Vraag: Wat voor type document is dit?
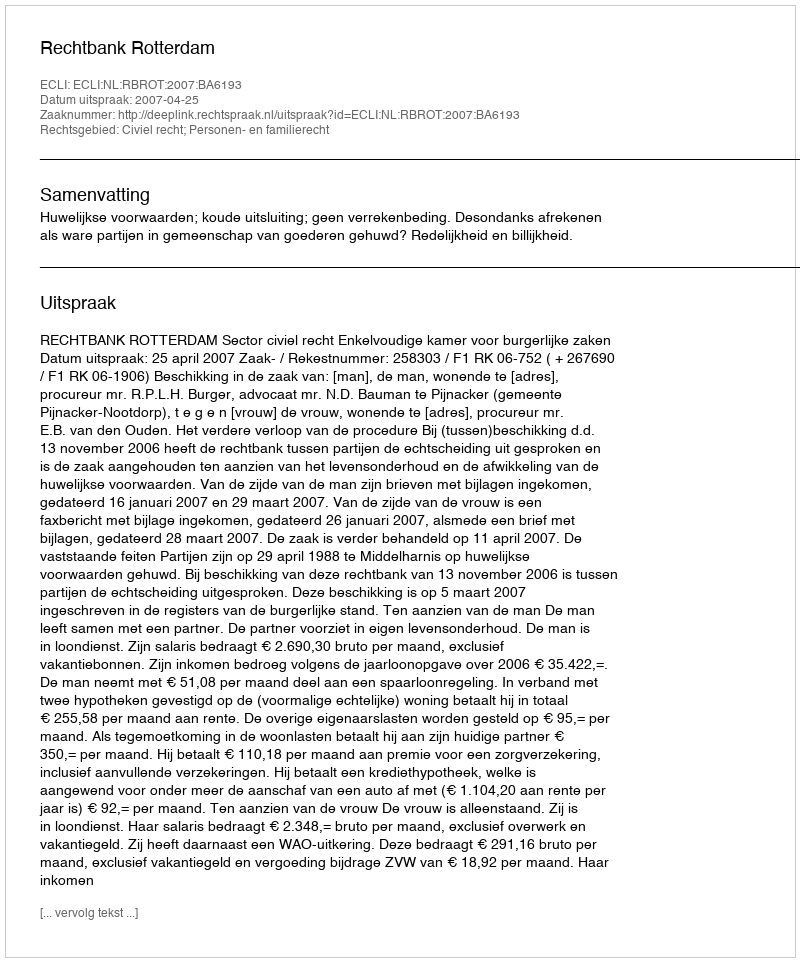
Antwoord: Uitspraak